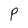
Character: P